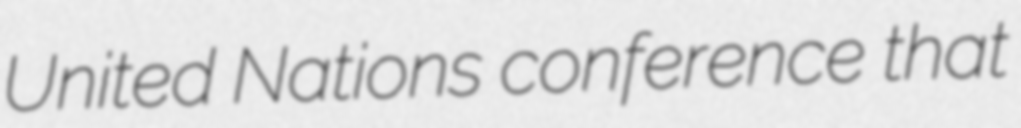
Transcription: United Nations conference that